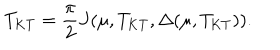
T _ { \mathrm { K T } } = \frac { \pi } { 2 } J ( \mu , T _ { \mathrm { K T } } , \Delta ( \mu , T _ { \mathrm { K T } } ) ) .